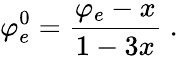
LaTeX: \varphi_{e}^{0}=\frac{\varphi_{e}-x}{1-3x}\; .